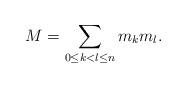
LaTeX: \begin{align*}M = \sum_{0\le k < l \le n} m_k m_l.\end{align*}